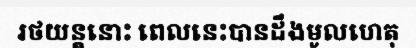
រថយន្តនោះ ពេលនេះបានដឹងមូលហេតុ